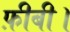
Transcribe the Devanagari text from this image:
फ़ीबी।